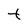
Character: t